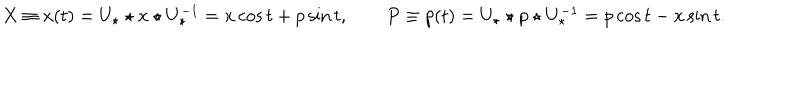
LaTeX: X \equiv x ( t ) = U _ { \star } \star x \star U _ { \star } ^ { - 1 } = x \cos t + p \sin t , \qquad P \equiv p ( t ) = U _ { \star } \star p \star U _ { \star } ^ { - 1 } = p \cos t - x \sin t .